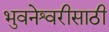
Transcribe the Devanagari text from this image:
भुवनेश्वरीसाठी